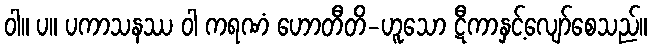
ဝါ။ ပ။ ပကာသနဿ ဝါ ကရဏံ ဟောတီတိ-ဟူသော ဋီကာနှင့်လျော်စေသည်။